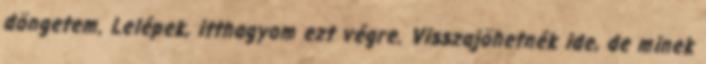
döngetem. Lelépek, itthagyom ezt végre. Visszajöhetnék ide, de minek